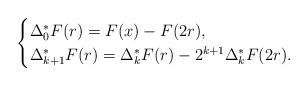
LaTeX: \begin{align*}\begin{cases}\Delta_0^\ast F(r) = F(x) - F(2r), \\\Delta_{k+1}^\ast F(r) = \Delta_k^\ast F(r) - 2^{k+1} \Delta_k^\ast F(2r).\end{cases}\end{align*}